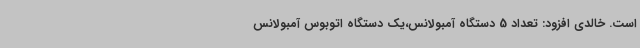
است. خالدی افزود: تعداد 5 دستگاه آمبولانس،یک دستگاه اتوبوس آمبولانس